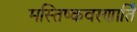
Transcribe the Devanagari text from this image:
मस्तिष्कवरणार्ति